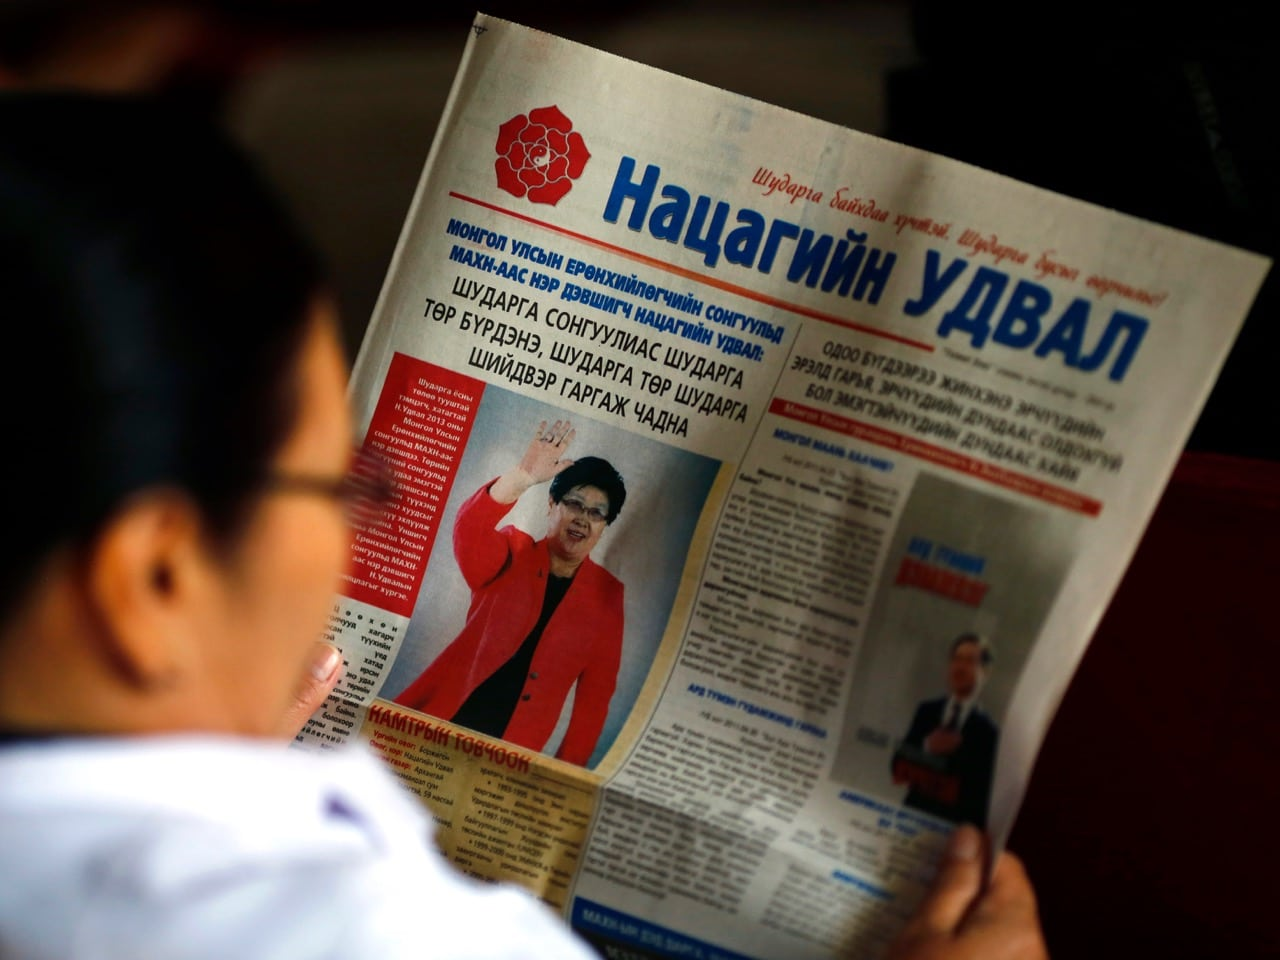
Language: mn